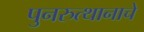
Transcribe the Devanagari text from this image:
पुनरुत्थानाचे